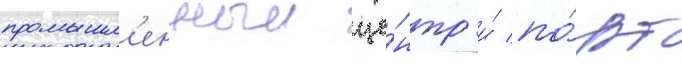
промышл'енныи це́нтр и́ по́рт